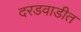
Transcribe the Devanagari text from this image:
दरडवाडीत